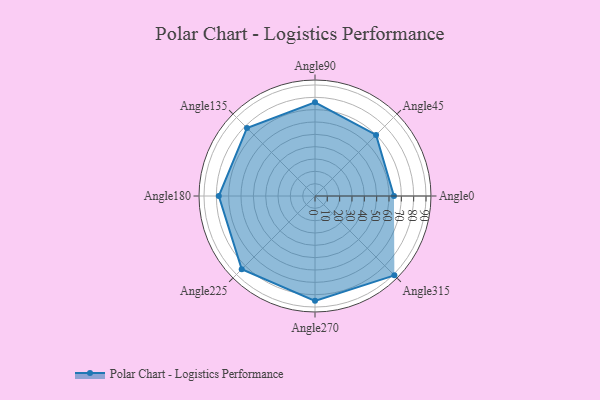
{"axis": {"x": "Angle", "y": "Radius"}, "legend": [""], "data": [{"x": "Angle0", "y": 64.0, "type": ""}, {"x": "Angle45", "y": 70.0, "type": ""}, {"x": "Angle90", "y": 76.0, "type": ""}, {"x": "Angle135", "y": 78.0, "type": ""}, {"x": "Angle180", "y": 78.0, "type": ""}, {"x": "Angle225", "y": 84.0, "type": ""}, {"x": "Angle270", "y": 85.0, "type": ""}, {"x": "Angle315", "y": 91.0, "type": ""}]}